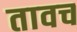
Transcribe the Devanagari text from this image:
तावच